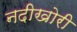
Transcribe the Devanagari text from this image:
नदीखोरी